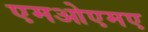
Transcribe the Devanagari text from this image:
एमओएमए